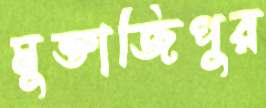
মুক্তাজিপুর